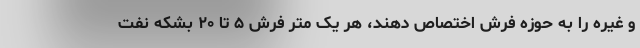
و غیره را به حوزه فرش اختصاص دهند، هر یک متر فرش ۵ تا ۲۰ بشکه نفت